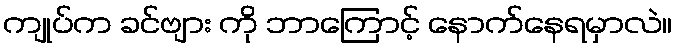
ကျုပ်က ခင်ဗျား ကို ဘာကြောင့် နောက်နေရမှာလဲ။